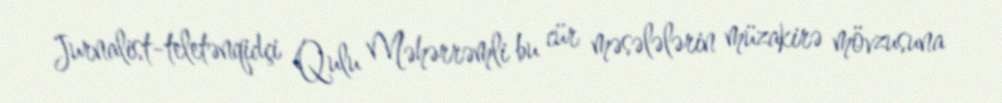
Jurnalist-teletənqidçi Qulu Məhərrəmli bu cür məsələlərin müzakirə mövzusuna